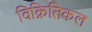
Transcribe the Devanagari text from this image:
विक्रितिकल